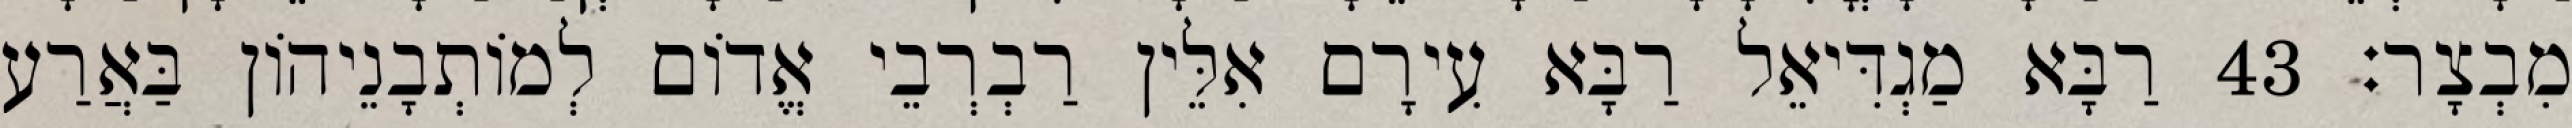
מִבְצָר׃ 43 רַבָּא מַגְדִּיאֵל רַבָּא עִירָם אִלֵּין רַבְרְבֵי אֱדוֹם לְמוֹתְבָנֵיהוֹן בַּאֲרַע